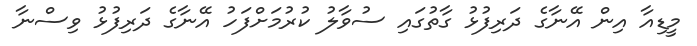
މީޑިއާ އިން އޭނާގެ ދަރިފުޅު ގާތުގައި ސުވާލު ކުރުމަށްފަހު އޭނާގެ ދަރިފުޅު ވިސްނާ